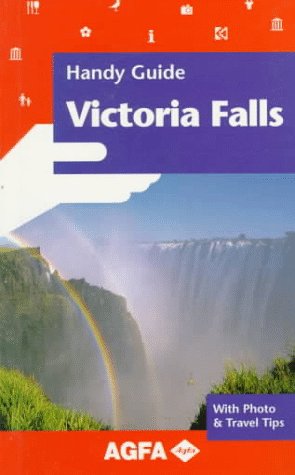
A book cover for Handy Guide Victoria Falls (Agfa Handy Guides); Paul Tingay; Travel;